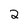
Character: 2